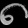
Digit: ၈